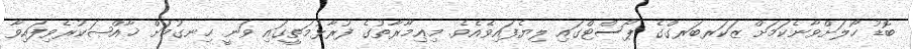
ބޮޑު ހޯލަށްވާނެކަމަށް ޒަކަރބަރގްގެ ޕޯސްޓްގައި ލިޔެފައިވެއެވެ. މިޢިމާރާތުގެ ފުރާޅުމަތީގައި ވަނީ ހިނގުމަށް ޚާއްޞަކުރެވިފައިވާ